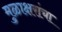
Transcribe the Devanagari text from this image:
मुळाक्षरांचा